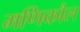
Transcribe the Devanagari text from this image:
मणिकौल